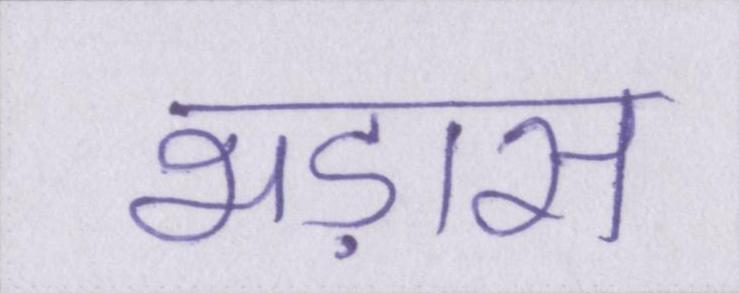
भड़ास